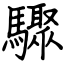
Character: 驟